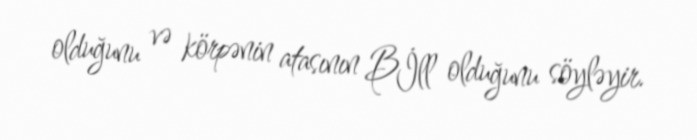
olduğunu və körpənin atasının Bİll olduğunu söyləyir.